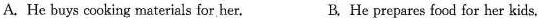
A. He buys cooking materials for her. B. He prepares food for her kids,